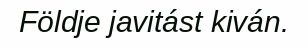
Földje javitást kiván.